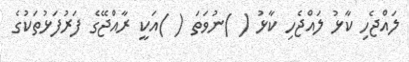
ލައްޖެހި ކާޅު ލައްޖެހި ކާޅު ( )ނުވަތަ ( )އަކީ ރާއްޖޭގެ ފަރުފަޅުތަކުގެ